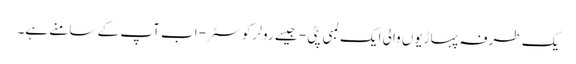
یک طرفہ پہاڑیوں والی ایک لمبی پٹی - جیسے رولر کوسٹر - اب آپ کے سامنے ہے۔